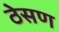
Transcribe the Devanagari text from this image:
ठेसण